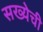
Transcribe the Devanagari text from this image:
सख्येची